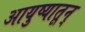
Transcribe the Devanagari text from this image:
आयुष्यातून्